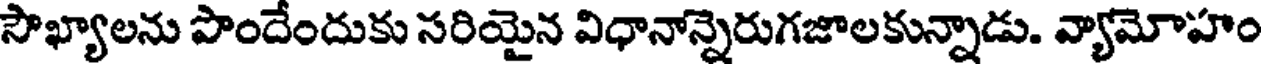
సౌఖ్యాలను పొందేందుకు సరియైన విధానాన్నెరుగజాలకున్నాడు. వ్యామోహం